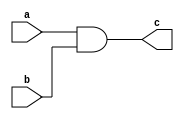
`timescale 1ns / 1ps
//////////////////////////////////////////////////////////////////////////////////
// Company: 
// Engineer: 
// 
// Design Name: 
// Module Name:    yumen_blez 
// Project Name: 
// Target Devices: 
// Tool versions: 
// Description: 
//
// Dependencies: 
//
// Revision: 
// Revision 0.01 - File Created
// Additional Comments: 
//
//////////////////////////////////////////////////////////////////////////////////
module yumen_blez(
    input a,
    input b,
    output c
    );
	 assign c = a & b;

endmodule